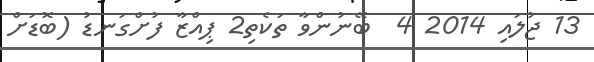
13 ޖުލައި 2014 4  ބޭނުންވާ ތަކެތި2 ޕިއްޒާ ފުށްގަނޑު (ބޮޑަށް